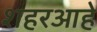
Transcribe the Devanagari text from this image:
शहरआहे